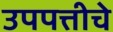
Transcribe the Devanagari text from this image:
उपपत्तीचे